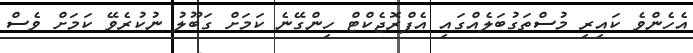
އެހެންވެ ކައިރި މުސްތަގުބަލެއްގައި އެޕްރޮޖެކްޓް ހިންގޭނެ ކަމަށް ގަބޫލު ނުކުރެވޭ ކަމަށް ވެސް